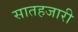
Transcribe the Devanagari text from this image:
सातहजारी